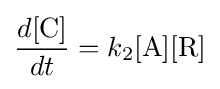
{\frac {d[{\ce {C}}]}{dt}}=k_{2}{\ce {[A][R]}}